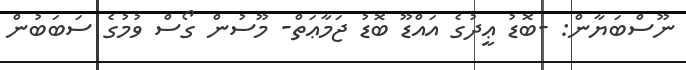
ނޫސްބަޔާން: -ބޮޑު ޢީދުގެ އައްޑޫ ބޮޑު ޖަމާޢަތް- މޫސުން ގޯސް ވުމުގެ ސަބަބުން